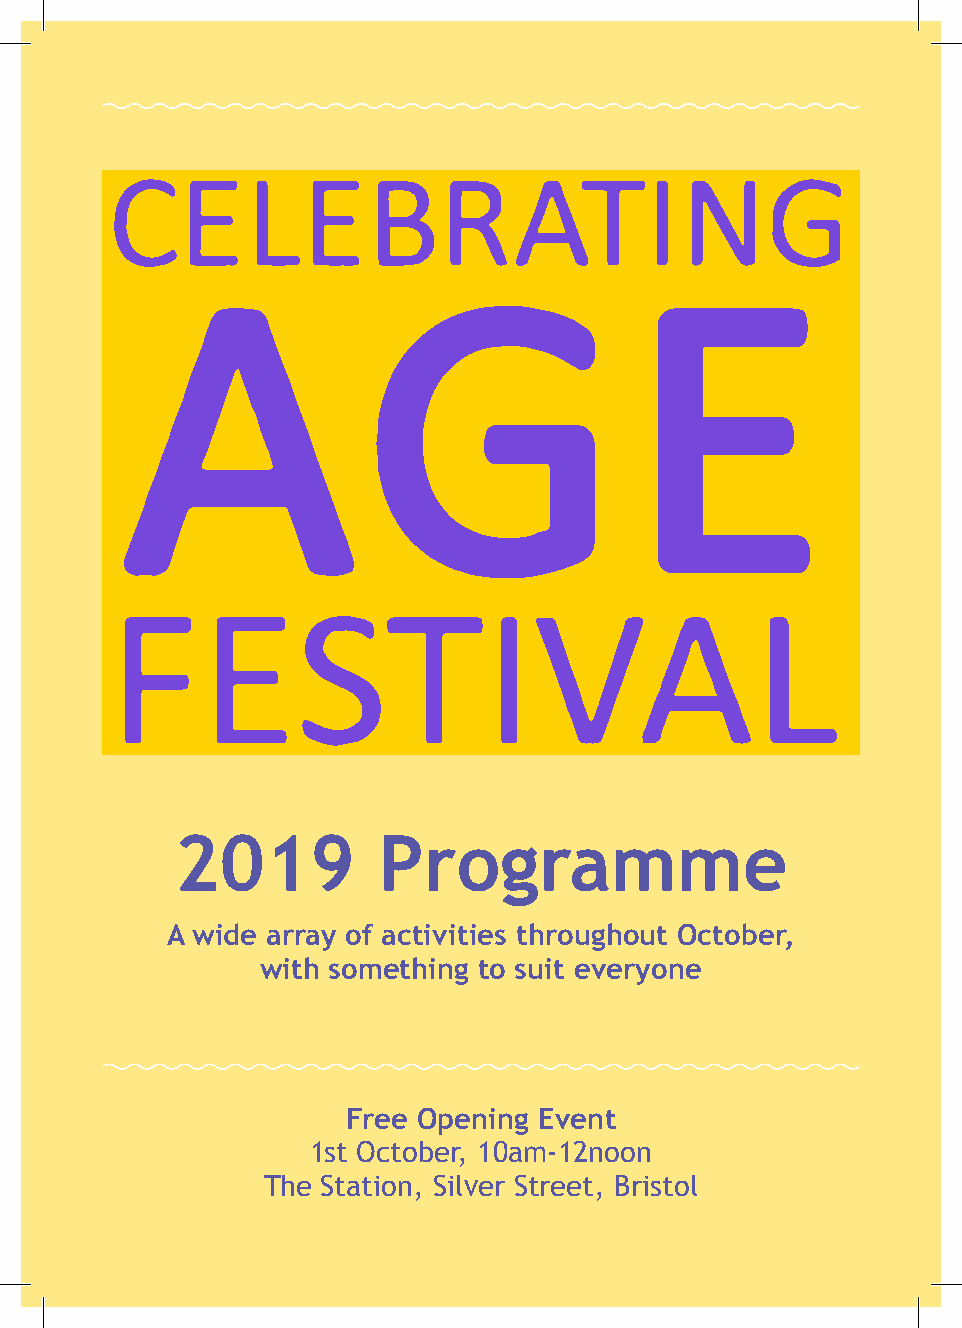
2019         Programme
 A wide array of activities throughout October,
 with something to suit everyone
 Free Opening Event
 1st October, 10am-12noon
 The Station, Silver Street, Bristol